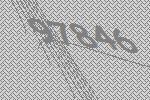
97846